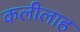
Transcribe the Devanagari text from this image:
कलीलाह